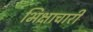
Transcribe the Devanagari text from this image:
भिक्षाचारी